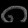
Digit: ၈